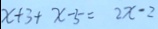
x + 3 + x - 5 = 2 x - 2